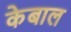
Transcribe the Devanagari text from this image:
केबाल